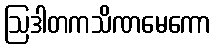
ဩဒါတကသိဏမေကော